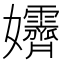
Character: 𡤴